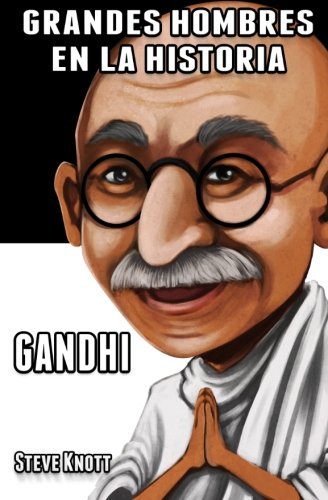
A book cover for Gandhi: Grandes Hombres en la Historia (Volume 2) (Spanish Edition); Steve Knott; Religion & Spirituality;